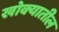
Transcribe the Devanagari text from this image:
खोक्यातील